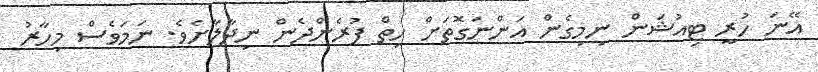
އޭނަ ހުރީ ޓިއުޝަން ނިމިގެން އަންނަގޮތަށް ހިތް ފުރެންދެން ނިދާލާށެވެ. ނަމަވެސް މިހާރު